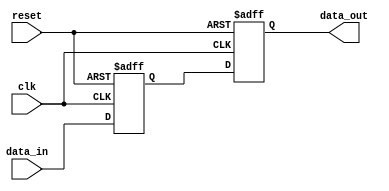
module transmission_gate_delay(
    input wire clk,
    input wire reset,
    input wire data_in,
    output reg data_out
);

reg delayed_data;

// Timing control block
always @(posedge clk or posedge reset) begin
    if (reset) begin
        delayed_data <= 1'b0; // Initializing delayed_data to 0
    end else begin
        delayed_data <= data_in; // Delaying data_in by one clock cycle
    end
end

// Synchronization block
always @(posedge clk or posedge reset) begin
    if (reset) begin
        data_out <= 1'b0; // Initializing data_out to 0
    end else begin
        data_out <= delayed_data; // Synchronized output to delayed data
    end
end

endmodule